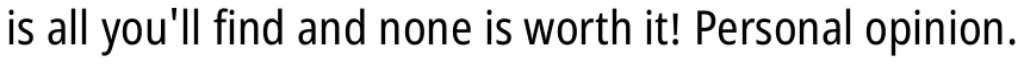
is all you'll find and none is worth it! Personal opinion.